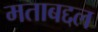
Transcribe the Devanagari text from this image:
मताबद्दल